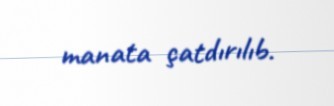
manata çatdırılıb.